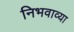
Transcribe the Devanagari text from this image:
निभवाव्या